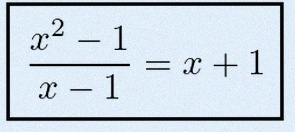
\frac{x^2-1}{x-1}=x+1